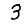
Digit: 3